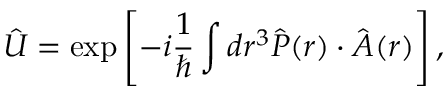
\hat { U } = \exp \left[ - i \frac { 1 } { \hbar } \int d \boldsymbol r ^ { 3 } \hat { \boldsymbol P } ( \boldsymbol r ) \cdot \hat { \boldsymbol A } ( \boldsymbol r ) \right] ,